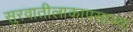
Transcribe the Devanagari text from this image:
सुरवातीलाकापसाच्या